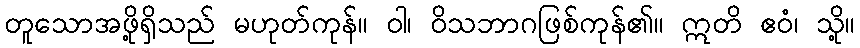
တူသောအဖို့ရှိသည် မဟုတ်ကုန်။ ဝါ၊ ဝိသဘာဂဖြစ်ကုန်၏။ ဣတိ ဧဝံ၊ သို့။